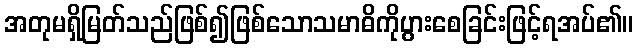
အတုမရှိမြတ်သည်ဖြစ်၍ဖြစ်သောသမာဓိကိုပွားစေခြင်းဖြင့်ရအပ်၏။